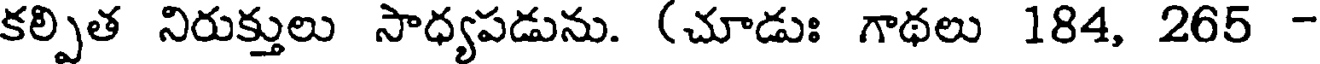
కల్పిత నిరుక్తులు సాధ్యపడును. (చూడుః గాథలు 184, 265 -